Statistical return of the lunatic asylum in Assam - 1912-1932
Year: 1912
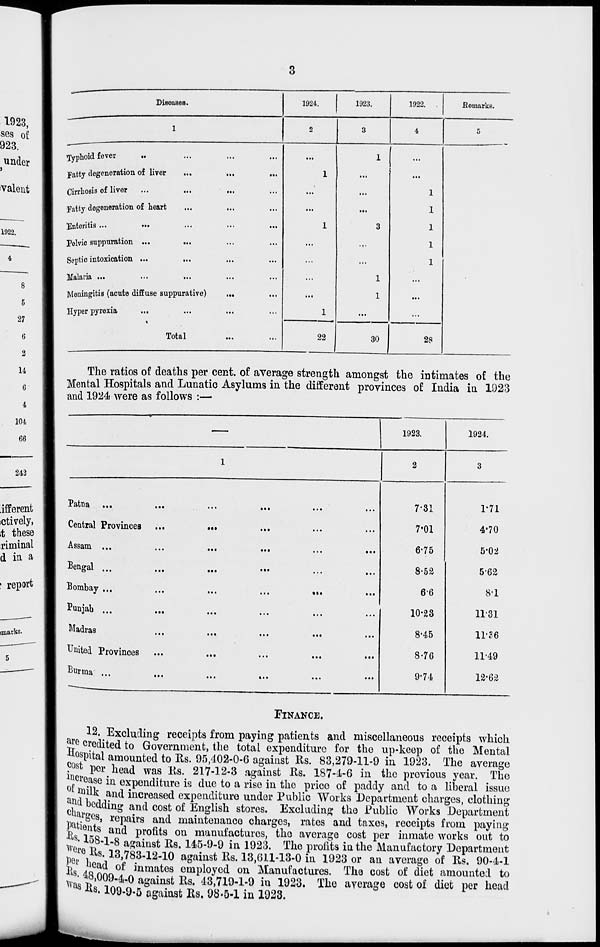
DisoaaeB.
1924.
1923.
1922. .
.Remarks.
1
2
3
4
5
typhoid fever
...
...
...
1
...
Fatty degeneration of liver
...
...
1
...
...
Cirrhosis of liver
...
...
...
...
1
Fatty degeneration of heart
...
...
...
...
1
Enteritis ...
»••
...
...
1
3
1
Pelvic suppuration ...
•••
...
...
...
...
1
Septic intoxication ...
...
...
...
...
...
1
Malaria ...
...
...
...
1
...
Meningitis (acute diffuse suppurative)
...
...
..,
1
...
Hyper pyrexia
...
...
...
1
...
...
i
Total
22
30
28
The ratios of deaths per cent, of average strength amongst the intimates of the
Mental Hospitals and Lunatic Asylums in the different provinces of India in 1923
and 1924 were as follows :—
1923.
1924.
Patna ...
Central Provinces
Assam ...
Bengal ...
Bombay ...
Punjab ...
Madras
United Provinces
Burma ...
2
7-31
1-71
7-01
4'70
6-75
5'02
8-52
5-62
66
8'1
10-23
1131
8-45
11-36
8-76
1149
9'74
12-62
FINANCE.
12. Excluding receipts from paying patients and miscellaneous receipts which
^e credited to Government, the total expenditure for the up-keep of the Mental
hospital amounted to Rs. 95,402-0-6 against Rs. 83,279-11-9 in 1923. The average
cost per head was Rs. 217-12-3 against Rs. 187-4-6 in the previous year. The
^crease in expenditure is due to a rise in the price of paddy and to a liberal issue
fciilk and increased expenditure under Public Works Department charges, clothing
j bedding and cost of English stores. Excluding the Public Works Department
7?ges, repairs and maintenance charges, rates and taxes, receipts from paying
1 wants and profits on manufactures, the average cost per inmate works out to
s -158-1-8 against Rs. 145-9-9 in 1923. The profits in the Manufactory Department
peii, :L3 '' 78 . 3 ' :L2 - 10 gainst Rs. 13,611-13-0 in 1923 or an average of Rs. 90-4-1
Its , a^ °f inmates employed on Manufactures. The cost of diet amounted to
'' 4 8,009-4-0 against Rs. 43,719-1-9 in 1923. The average cost of diet per head
as »8,109-9-5 against Rs. 98-5-1 in 1923.